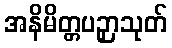
အနိမိတ္တပဉှာသုတ်